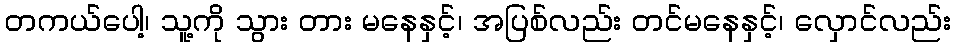
တကယ်ပေါ့၊ သူ့ကို သွား တား မနေနှင့်၊ အပြစ်လည်း တင်မနေနှင့်၊ လှောင်လည်း